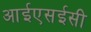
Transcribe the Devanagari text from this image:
आईएसईसी